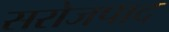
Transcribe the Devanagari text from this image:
सरोजपाद